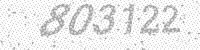
Solution: 803122